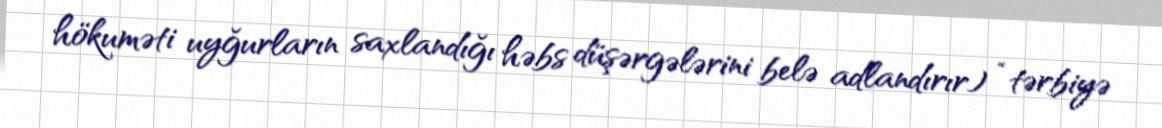
hökuməti uyğurların saxlandığı həbs düşərgələrini belə adlandırır) “tərbiyə